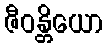
ဇီဝန္တိယော